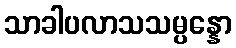
သာခါပလာသသမ္ပန္နော